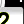
Digit: 2